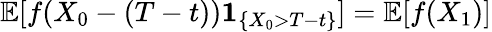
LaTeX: \mathbb{E}[f(X_{0}-(T-t))\mathbf{1}_{\left\{ X_{0}>T-t\right\} }]=\mathbb{E}[f(X_{1})]